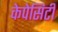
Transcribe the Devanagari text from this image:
केपेसिटी